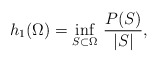
\begin{align*}h_1(\Omega)=\inf_{S\subset\Omega}\, \frac{P(S)}{|S|},\end{align*}